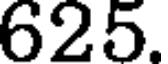
625.